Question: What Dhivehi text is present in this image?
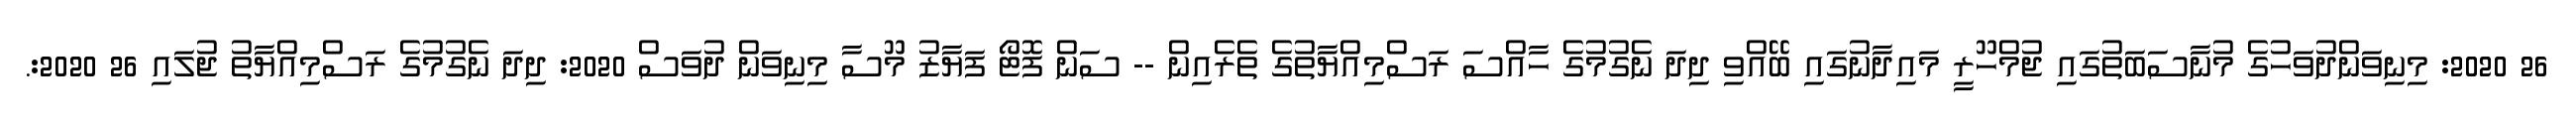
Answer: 26 2020: މިނިވަންދުވަހުގެ މުނާސަބަތުގައި ޖުމްހޫރީ މައިދާނުގައި ބޭއްވި ދިދަ ނެގުމުގެ ހާއްސަ ރަސްމިއްޔާތުގެ ތެރެއިން -- ސަން ފޮޓޯ ފަޔާޒު މޫސާ މިނިވަން ދުވަސް 2020: ދިދަ ނެގުމުގެ ރަސްމިއްޔާތު ޖުލައި 26 2020:.